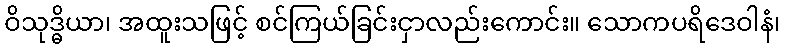
ဝိသုဒ္ဓိယာ၊ အထူးသဖြင့် စင်ကြယ်ခြင်းငှာလည်းကောင်း။ သောကပရိဒေဝါနံ၊